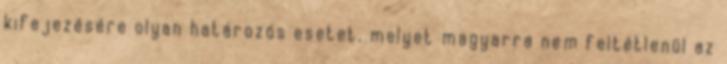
kifejezésére olyan határozós esetet, melyet magyarra nem feltétlenül az